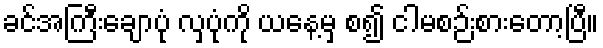
ခင်အကြီးချောပုံ လှပုံကို ယနေ့မှ စ၍ ငါမစဉ်းစားတော့ပြီ။